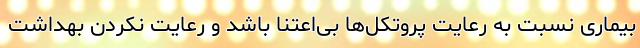
بیماری نسبت به رعایت پروتکل‌ها بی‌اعتنا باشد و رعایت نکردن بهداشت